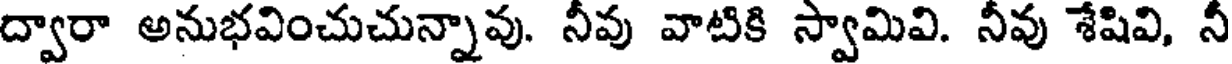
ద్వారా అనుభవించుచున్నావు. నీవు వాటికి స్వామివి. నీవు శేషివి, నీ